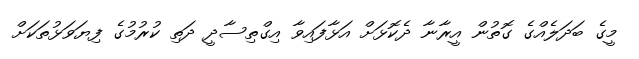
މީގެ ބަދަލެއްގެ ގޮތުން އީރާނާ ދެކޮޅަށް އަޅާފައިވާ އިގްތިސާދީ ދަތި ކުރުމުގެ ފިޔަވަޅުތަކަށް